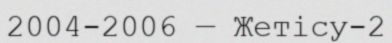
2004-2006 — Жетісу-2